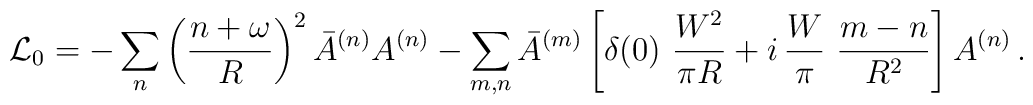
\mathcal{L}_0=-\sum_n \left(\frac{n+\omega}{R}\right)^2 \bar A^{(n)}A^{(n)}-\sum_{m,n}\bar A^{(m)}\left[\delta(0)\ \frac{W^2}{\pi R}+i\,\frac{W}{\pi}\ \frac{m-n}{R^2}\right] A^{(n)}\, .